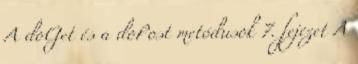
A doGet és a doPost metódusok 7. fejezet A